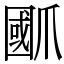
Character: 爴